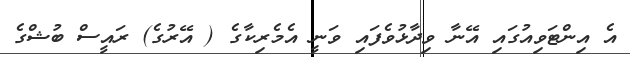
އެ އިންޓަވިއުގައި އޭނާ ވިދާޅުވެފައި ވަނީ އެމެރިކާގެ ( އޭރުގެ) ރައީސް ބުޝްގެ